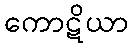
ကောဋိယာ